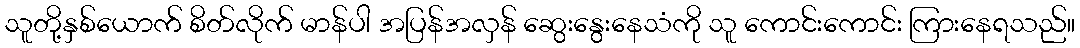
သူတို့နှစ်ယောက် စိတ်လိုက် မာန်ပါ အပြန်အလှန် ဆွေးနွေးနေသံကို သူ ကောင်းကောင်း ကြားနေရသည်။